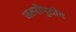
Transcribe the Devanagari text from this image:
जरुरीपुरतेच